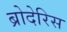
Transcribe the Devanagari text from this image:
ब्रोदेरिस